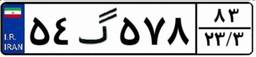
۲۰گ۷۶۲۹۵